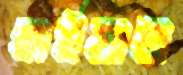
হাইয়াত